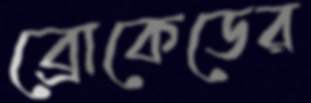
ব্রোকেডের